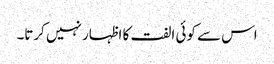
اس سے کوئی الفت کا اظہار نہیں کرتا۔